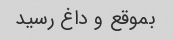
بموقع و داغ رسید